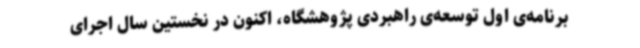
برنامه‌ی اول توسعه‌ی راهبردی پژوهشگاه، اکنون در نخستین سال اجرای